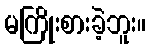
မကြိုးစားခဲ့ဘူး။